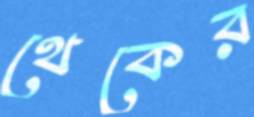
থেকের